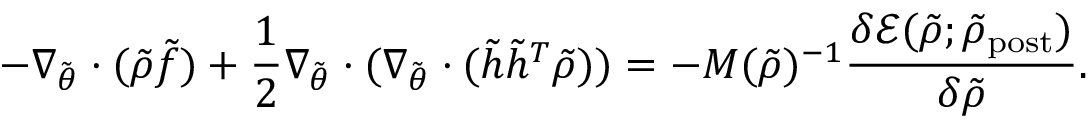
- \nabla _ { \tilde { \theta } } \cdot ( \tilde { \rho } \tilde { f } ) + \frac { 1 } { 2 } \nabla _ { \tilde { \theta } } \cdot ( \nabla _ { \tilde { \theta } } \cdot ( \tilde { h } \tilde { h } ^ { T } \tilde { \rho } ) ) = - M ( \tilde { \rho } ) ^ { - 1 } \frac { \delta \mathcal { E } ( \tilde { \rho } ; \tilde { \rho } _ { \mathrm { p o s t } } ) } { \delta \tilde { \rho } } .